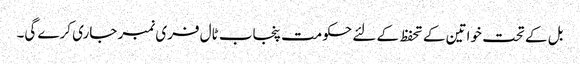
بل کے تحت خواتین کے تحفظ کے لئے حکومت پنجاب ٹال فری نمبر جاری کرے گی۔